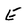
Character: E